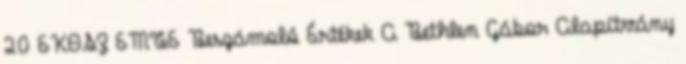
20 EKOSZ EMTE Beszámoló Értékek A Bethlen Gábor Alapítvány